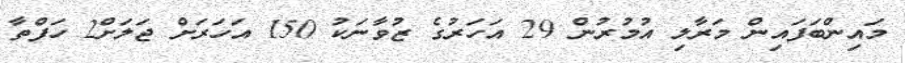
މައިންބަފައިން މަރާލި އުމުރުން 29 އަހަރުގެ ޒުވާނަކު 150 އަހަރަށް ޖަލަށް2 ހަފްތާ